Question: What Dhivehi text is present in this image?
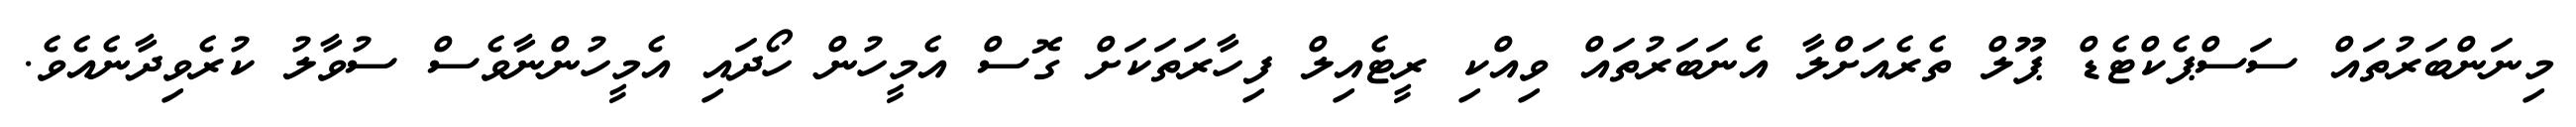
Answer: މިނަންބަރުތައް ސަސްޕެކްޓެޑް ޕޫލް ތެރެއަށްލާ އެނަބަރުތައް ވިއްކި ރީޓެއިލް ފިހާރަތަކަށް ގޮސް އެމީހުން ހޯދައި އެމީހުންނާވެސް ސުވާލު ކުރެވިދާނެއެވެ.